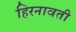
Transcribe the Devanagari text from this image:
हिरनावती